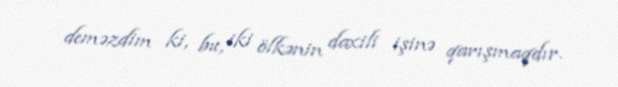
deməzdim ki, bu, iki ölkənin daxili işinə qarışmaqdır.